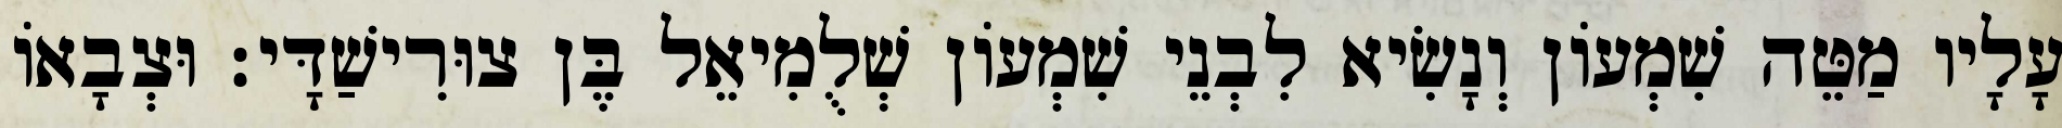
עָלָיו מַטֵּה שִׁמְעוֹן וְנָשִׂיא לִבְנֵי שִׁמְעוֹן שְׁלֻמִיאֵל בֶּן צוּרִישַׁדָּי׃ וּצְבָאוֹ